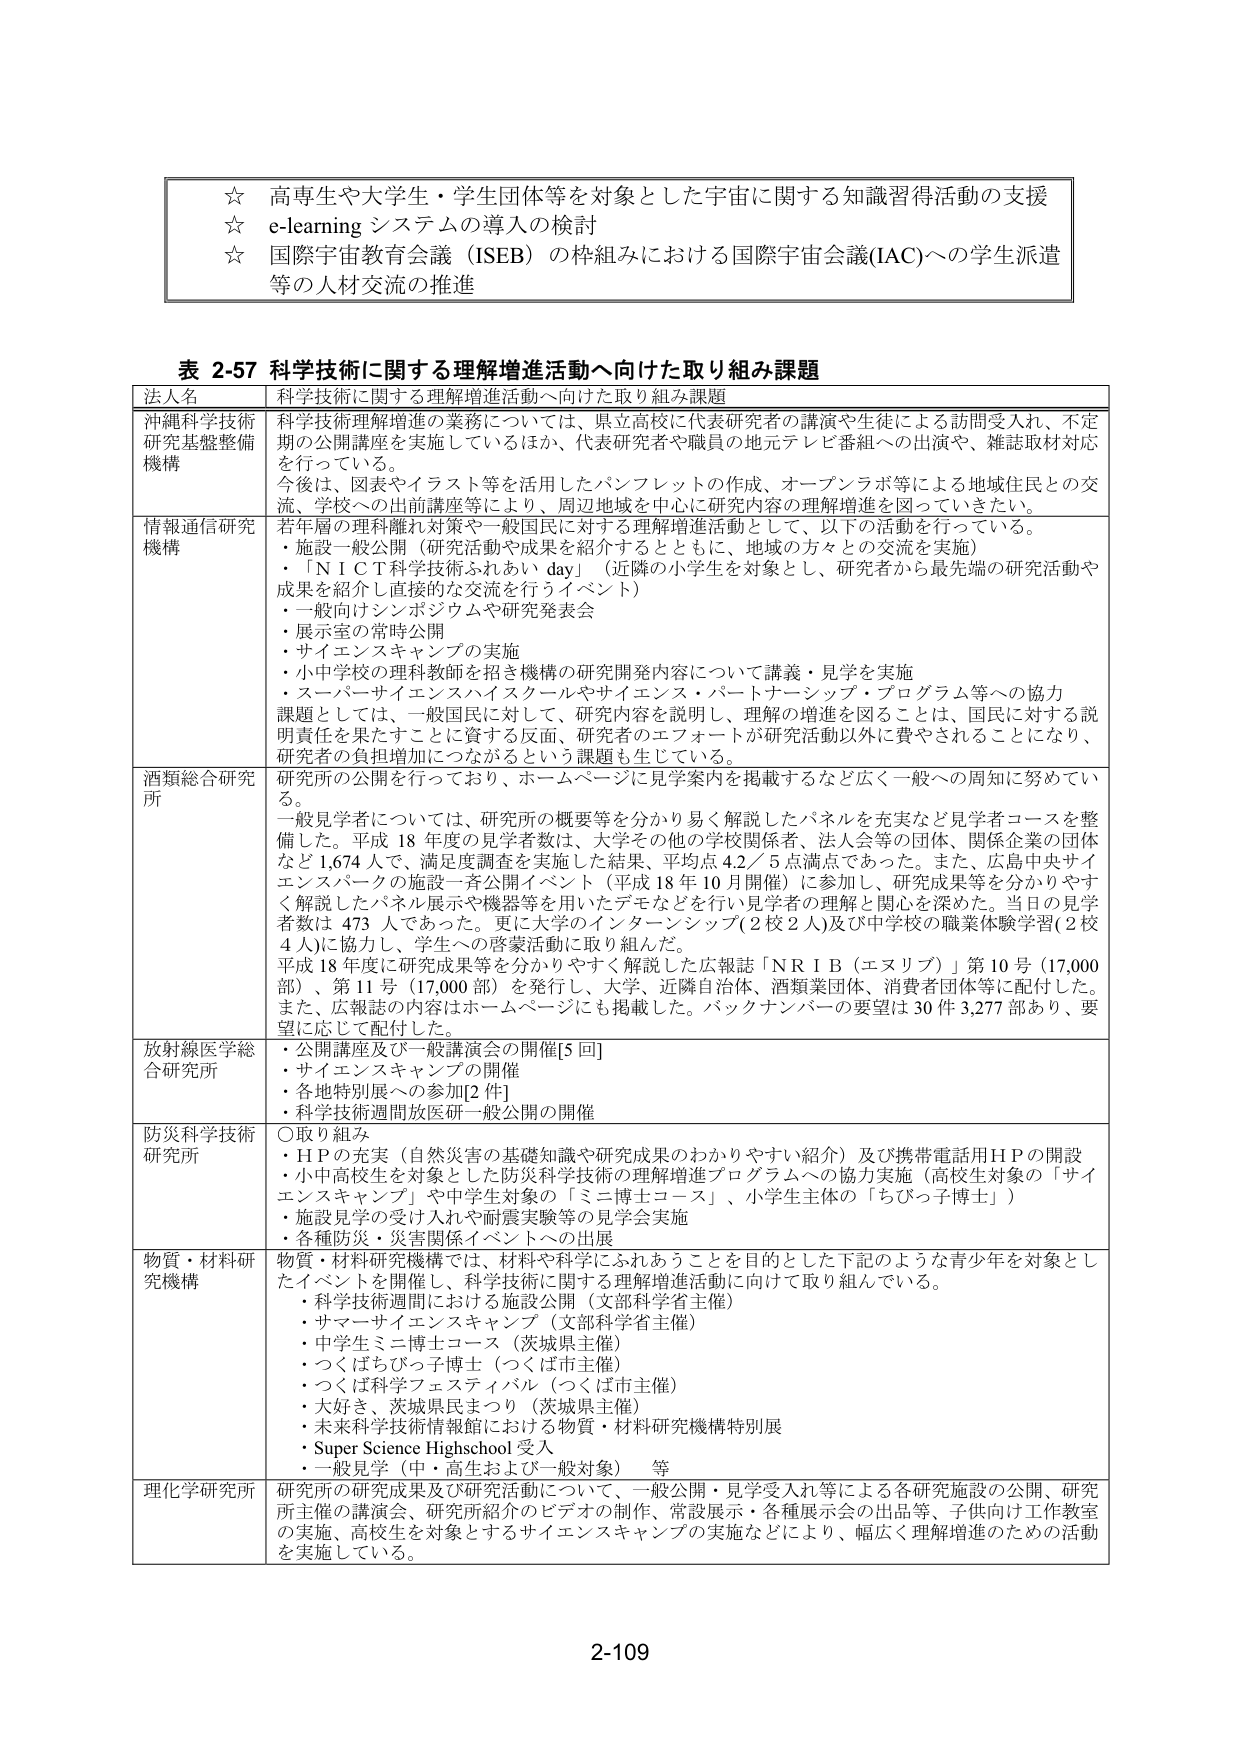
☆ 高専生や大学生・学生団体等を対象とした宇宙に関する知識習得活動の支援
☆ e-learning システムの導入の検討
☆ 国際宇宙教育会議（ISEB）の枠組みにおける国際宇宙会議(IAC)への学生派遣等の人材交流の推進

表 2-57 科学技術に関する理解増進活動へ向けた取り組み課題

法人名 科学技術に関する理解増進活動へ向けた取り組み課題

沖縄科学技術研究基盤整備機構
科学技術理解増進の業務については、県立高校に代表研究者の講演や生徒による訪問受入れ、不定期の公開講座を実施しているほか、代表研究者や職員の地元テレビ番組への出演や、雑誌取材対応を行っている。
今後は、図表やイラスト等を活用したパンフレットの作成、オープンラボ等による地域住民との交流、学校への出前講座等により、周辺地域を中心に研究内容の理解増進を図っていきたい。

情報通信研究機構
若年層の理科離れ対策や一般国民に対する理解増進活動として、以下の活動を行っている。
・施設一般公開（研究活動や成果を紹介するとともに、地域の方々との交流を実施）
・「ＮＩＣＴ科学技術ふれあい day」（近隣の小学生を対象とし、研究者から最先端の研究活動や成果を紹介し直接的な交流を行うイベント）
・一般向けシンポジウムや研究発表会
・展示室の常時公開
・サイエンスキャンプの実施
・小中学校の理科教師を招き機構の研究開発内容について講義・見学を実施
・スーパーサイエンスハイスクールやサイエンス・パートナーシップ・プログラム等への協力
課題としては、一般国民に対して、研究内容を説明し、理解の増進を図ることは、国民に対する説明責任を果たすことになる反面、研究者のエフォートが研究活動以外に費やされることになり、研究者の負担増加につながるという課題も生じている。

酒類総合研究所
研究所の公開を行っており、ホームページに見学案内を掲載するなど広く一般への周知に努めている。
一般見学者については、研究所の概要等を分かり易く解説したパネルを充実など見学者コースを整備した。平成 18 年度の見学者数は、大学その他の学校関係者、法人会等の団体、関係企業の団体など 1,674 人で、満足度調査を実施した結果、平均点 4.2／5 点満点であった。また、広島中央サイエンスパークの施設一斉公開イベント（平成 18 年 10 月開催）に参加し、研究成果等を分かりやすく解説したパネル展示や機器等を用いたデモなどを行い見学者の理解と関心を深めた。当日の見学者数は 473 人であった。更に大学のインターンシップ（2 校 2 人）及び中学校の職業体験学習（2 校 4 人）に協力し、学生への啓蒙活動に取り組んだ。
平成 18 年度に研究成果等を分かりやすく解説した広報誌「ＮＲＩＢ（エヌリブ）」第 10 号（17,000 部）、第 11 号（17,000 部）を発行し、大学、近隣自治体、酒類業団体、消費者団体等に配付した。また、広報誌の内容はホームページにも掲載した。バックナンバーの要望は 30 件 3,277 部あり、要望に応じて配付した。

放射線医学総合研究所
・公開講座及び一般講演会の開催[5 回]
・サイエンスキャンプの開催
・各地特別展への参加[2 件]
・科学技術週間放医研一般公開の開催

防災科学技術研究所
〇取り組み
・ＨＰの充実（自然災害の基礎知識や研究成果のわかりやすい紹介）及び携帯電話用ＨＰの開設
・小中高校生を対象とした防災科学技術の理解増進プログラムへの協力実施（高校生対象の「サイエンスキャンプ」や中学生対象の「ミニ博士コース」、小学生主体の「ちびっ子博士」）
・施設見学の受け入れや耐震実験等の見学会実施
・各種防災・災害関係イベントへの出展

物質・材料研究機構
物質・材料研究機構では、材料や科学にふれあうことを目的とした下記のような青少年を対象としたイベントを開催し、科学技術に関する理解増進活動に向けて取り組んでいる。
・科学技術週間における施設公開（文部科学省主催）
・サマーサイエンスキャンプ（文部科学省主催）
・中学生ミニ博士コース（茨城県主催）
・つくばちびっ子博士（つくば市主催）
・つくば科学フェスティバル（つくば市主催）
・大好き、茨城県民まつり（茨城県主催）
・未来科学技術情報館における物質・材料研究機構特別展
・Super Science Highschool 受入
・一般見学（中・高生および一般対象） 等

理化学研究所
研究所の研究成果及び研究活動について、一般公開・見学受入れ等による各研究施設の公開、研究所主催の講演会、研究所紹介のビデオの制作、常設展示・各種展示会の出品等、子供向け工作教室の実施、高校生を対象とするサイエンスキャンプの実施などにより、幅広く理解増進のための活動を実施している。

2-109